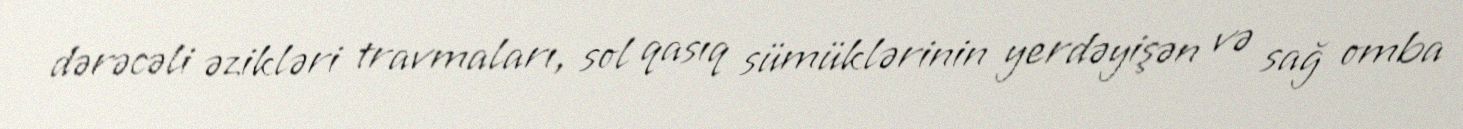
dərəcəli əzikləri travmaları, sol qasıq sümüklərinin yerdəyişən və sağ omba